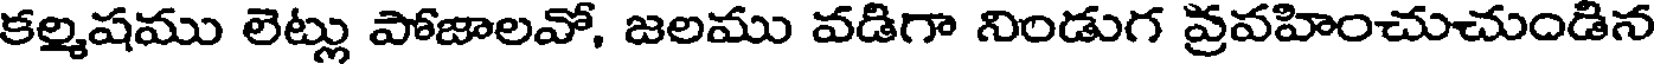
కల్మషము లెట్లు పోజాలవో, జలము వడిగా నిండుగ వ్రవహించుచుండిన